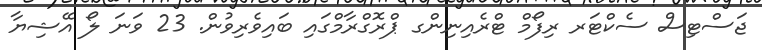
ޖަސްޓިސް ސެކްޓަރ ރިފޯމް ޓްރެއިނިންގ ޕްރޮގްރާމްގައި ބައިވެރިވުން. 23 ވަނަ ލޯ އޭޝިޔާ